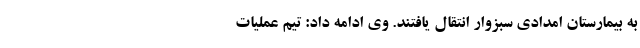
به بیمارستان امدادی سبزوار انتقال یافتند. وی ادامه داد: تیم عملیات